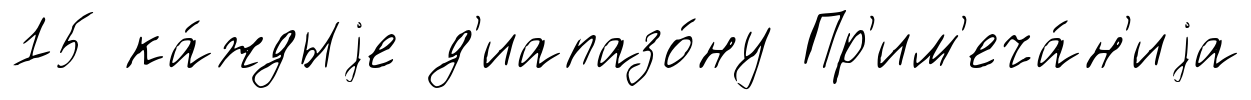
15 ка́ждыjе д'иапазо́ну Пр'им'еча́н'иjа